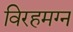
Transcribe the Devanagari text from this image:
विरहमग्न